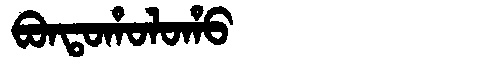
Manchu: ᠪᠣᠨᡨᠣᡥᠣᠯᠣᡥᠣ
Romanization: BONTOHOLOHO